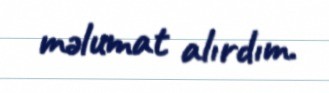
məlumat alırdım.